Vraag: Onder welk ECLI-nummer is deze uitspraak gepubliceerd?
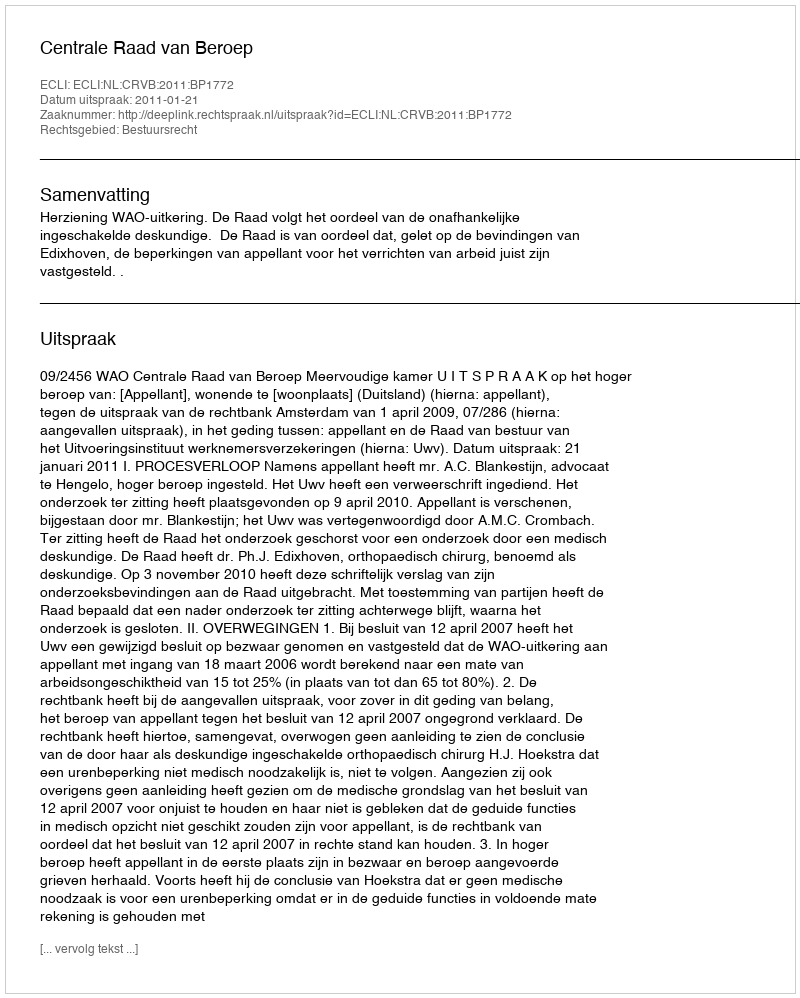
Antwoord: ECLI:NL:CRVB:2011:BP1772